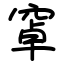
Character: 窧